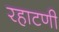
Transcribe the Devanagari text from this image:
रहाटणी